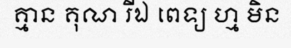
គ្មាន គុណ រីឯ ពេទ្យ ហ្ម មិន